Lunatic asylums Punjab 1911-1921 - 1911-1921
Year: 1911
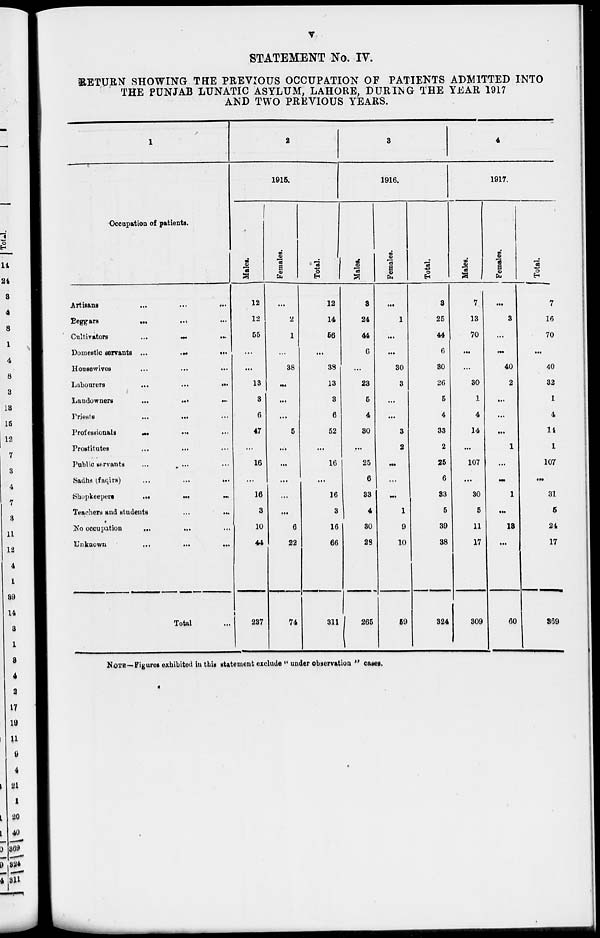
v
STATEMENT No. IV.
RETURN SHOWING THE PREVIOUS OCCUPATION OF PATIENTS ADMITTED INTO
THE PUNJAB LUNATIC ASYLUM LAHORE, DURING THE YEAR 1917
AND TWO PREVIOUS YEARS.
1
Occupation of patients.
Artisans
...
...
...
Beggars
...
...
...
Cultivators
...
...
...
Domestic servants
...
...
...
Housewives
...
...
...
Labourers
...
...
...
Landowners ... ... ...
Priests
...
...
...
Professionals ... ... ...
Prostitutes
...
...
...
Public servants ... ... ...
Sadhs
(faqirs)
...
...
...
Shopkeepers
...
...
...
Teachers and students
...
...
...
No occupation
...
...
...
Unknown
...
...
...
Total ...
2
1915.
Males.
12
12
55
...
...
13
3
6
47
...
16
...
16
3
10
44
237
Females.
...
2
1
...
38
...
...
...
5
...
...
...
...
...
6
22
74
Total.
12
14
56
...
38
13
3
6
52
...
16
...
16
3
16
66
311
3
1916.
Males.
3
24
44
6
...
23
5
4
30
...
25
6
33
4
30
28
265
Females.
...
1
...
...
30
3
...
...
3
2
...
...
...
1
9
10
59
Total.
3
25
44
6
30
26
5
4
33
2
25
6
33
5
39
38
324
4
1917.
Males.
7
13
70
...
...
30
1
4
14
...
107
...
30
5
11
17
309
Females.
...
3
...
...
40
2
...
...
...
1
...
...
1
...
13
...
60
Total.
7
16
70
...
40
32
1
4
14
1
107
...
31
5
24
17
369
NOTE—Figures exhibited in this statement exclude " under observation " cases.